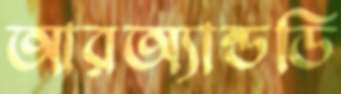
আরঅ্যান্ডডি